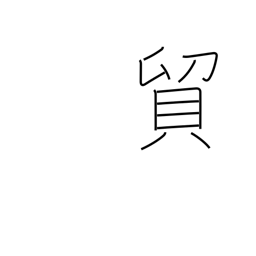
Meaning: exchange